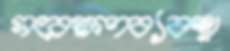
সংরক্ষণব্যবস্থা